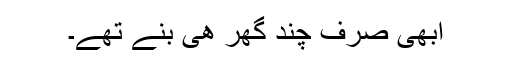
ابھی صرف چند گھر ھی بنے تھے۔